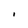
Character: I